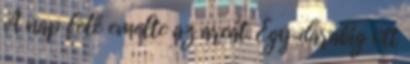
A nap felé emelte az arcát. Egy darabig ott